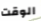
الوقت